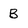
Character: B